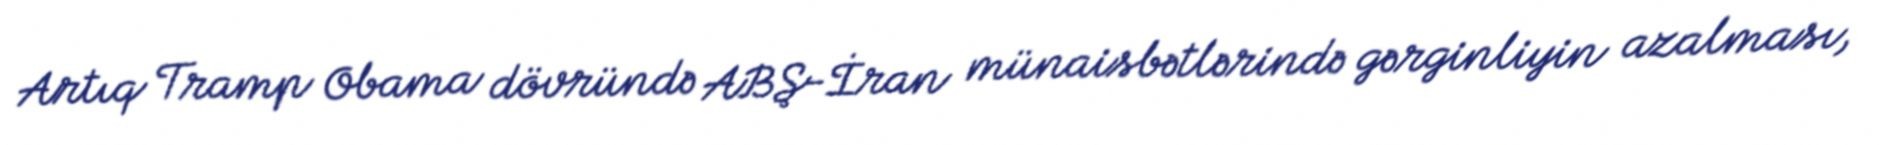
Artıq Tramp Obama dövründə ABŞ-İran münaisbətlərində gərginliyin azalması,